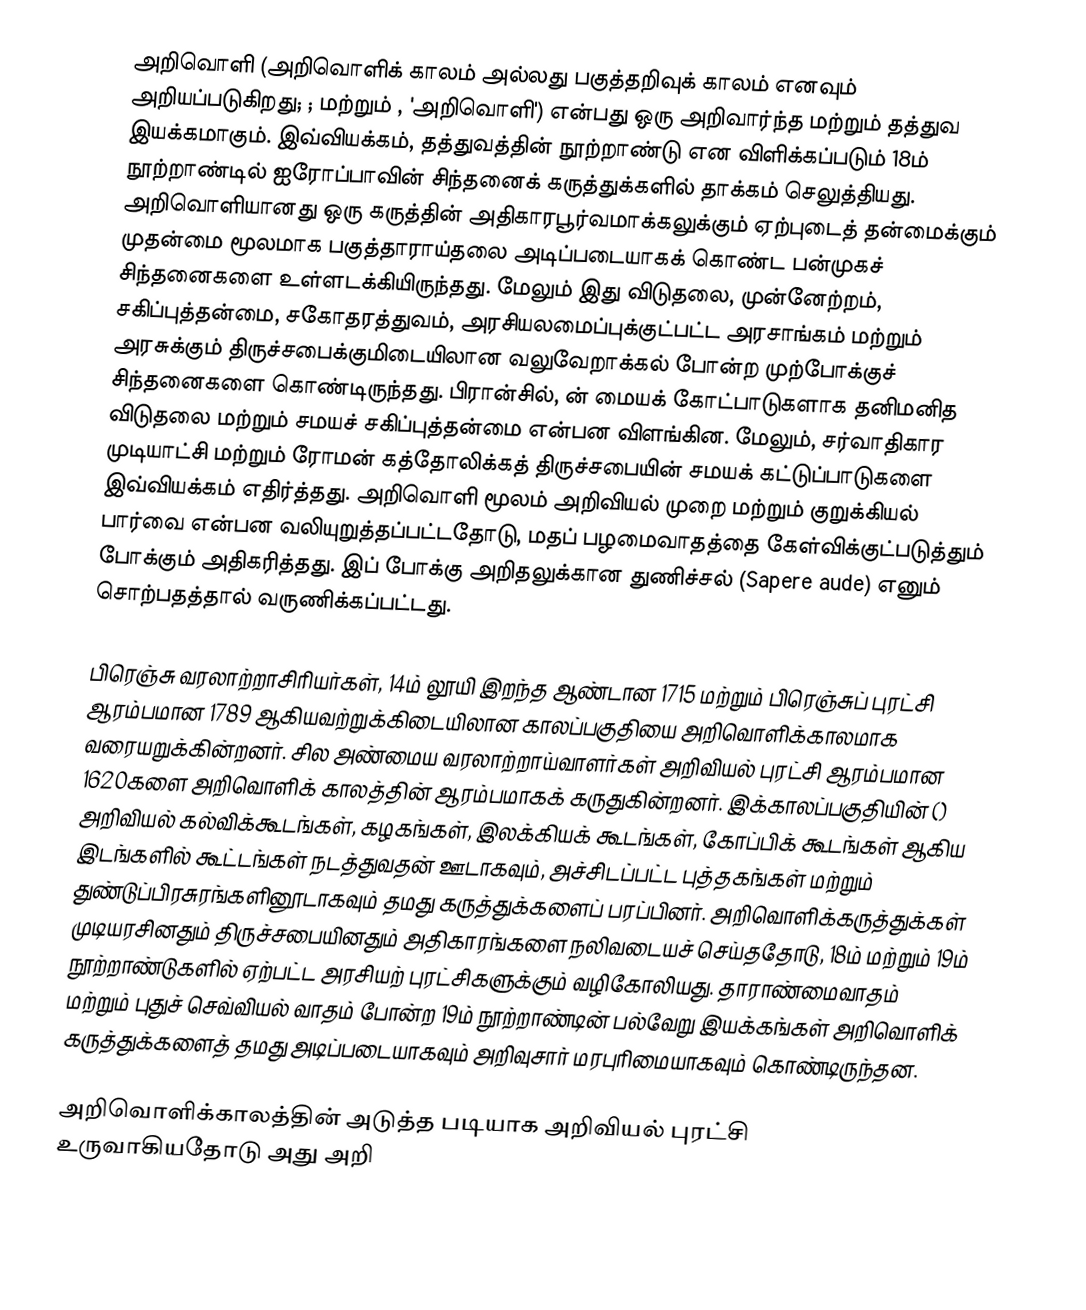
அறிவொளி (அறிவொளிக் காலம் அல்லது பகுத்தறிவுக் காலம் எனவும் அறியப்படுகிறது; ; மற்றும் , 'அறிவொளி') என்பது ஒரு அறிவார்ந்த மற்றும் தத்துவ இயக்கமாகும். இவ்வியக்கம், தத்துவத்தின் நூற்றாண்டு என விளிக்கப்படும் 18ம் நூற்றாண்டில் ஐரோப்பாவின் சிந்தனைக் கருத்துக்களில் தாக்கம் செலுத்தியது. அறிவொளியானது ஒரு கருத்தின் அதிகாரபூர்வமாக்கலுக்கும் ஏற்புடைத் தன்மைக்கும் முதன்மை மூலமாக பகுத்தாராய்தலை அடிப்படையாகக் கொண்ட பன்முகச் சிந்தனைகளை உள்ளடக்கியிருந்தது. மேலும் இது விடுதலை, முன்னேற்றம், சகிப்புத்தன்மை, சகோதரத்துவம், அரசியலமைப்புக்குட்பட்ட அரசாங்கம் மற்றும் அரசுக்கும் திருச்சபைக்குமிடையிலான வலுவேறாக்கல் போன்ற முற்போக்குச் சிந்தனைகளை கொண்டிருந்தது. பிரான்சில், ன் மையக் கோட்பாடுகளாக தனிமனித விடுதலை மற்றும் சமயச் சகிப்புத்தன்மை என்பன விளங்கின. மேலும், சர்வாதிகார முடியாட்சி மற்றும் ரோமன் கத்தோலிக்கத் திருச்சபையின் சமயக் கட்டுப்பாடுகளை இவ்வியக்கம் எதிர்த்தது. அறிவொளி மூலம் அறிவியல் முறை மற்றும் குறுக்கியல் பார்வை என்பன வலியுறுத்தப்பட்டதோடு, மதப் பழமைவாதத்தை கேள்விக்குட்படுத்தும் போக்கும் அதிகரித்தது. இப் போக்கு அறிதலுக்கான துணிச்சல் (Sapere aude) எனும் சொற்பதத்தால் வருணிக்கப்பட்டது.

பிரெஞ்சு வரலாற்றாசிரியர்கள், 14ம் லூயி இறந்த ஆண்டான 1715 மற்றும் பிரெஞ்சுப் புரட்சி ஆரம்பமான 1789 ஆகியவற்றுக்கிடையிலான காலப்பகுதியை அறிவொளிக்காலமாக வரையறுக்கின்றனர். சில அண்மைய வரலாற்றாய்வாளர்கள் அறிவியல் புரட்சி ஆரம்பமான 1620களை அறிவொளிக் காலத்தின் ஆரம்பமாகக் கருதுகின்றனர். இக்காலப்பகுதியின்  () அறிவியல் கல்விக்கூடங்கள், கழகங்கள், இலக்கியக் கூடங்கள், கோப்பிக் கூடங்கள் ஆகிய இடங்களில் கூட்டங்கள் நடத்துவதன் ஊடாகவும், அச்சிடப்பட்ட புத்தகங்கள் மற்றும் துண்டுப்பிரசுரங்களினூடாகவும் தமது கருத்துக்களைப் பரப்பினர். அறிவொளிக்கருத்துக்கள் முடியரசினதும் திருச்சபையினதும் அதிகாரங்களை நலிவடையச் செய்ததோடு, 18ம் மற்றும் 19ம் நூற்றாண்டுகளில் ஏற்பட்ட அரசியற் புரட்சிகளுக்கும் வழிகோலியது. தாராண்மைவாதம் மற்றும் புதுச் செவ்வியல் வாதம் போன்ற 19ம் நூற்றாண்டின் பல்வேறு இயக்கங்கள் அறிவொளிக் கருத்துக்களைத் தமது அடிப்படையாகவும் அறிவுசார் மரபுரிமையாகவும் கொண்டிருந்தன.

அறிவொளிக்காலத்தின் அடுத்த படியாக அறிவியல் புரட்சி உருவாகியதோடு அது அறி